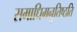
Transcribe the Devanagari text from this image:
समाधिमनुतिष्ठति